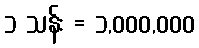
၁ သန်း = ၁,၀၀၀,၀၀၀